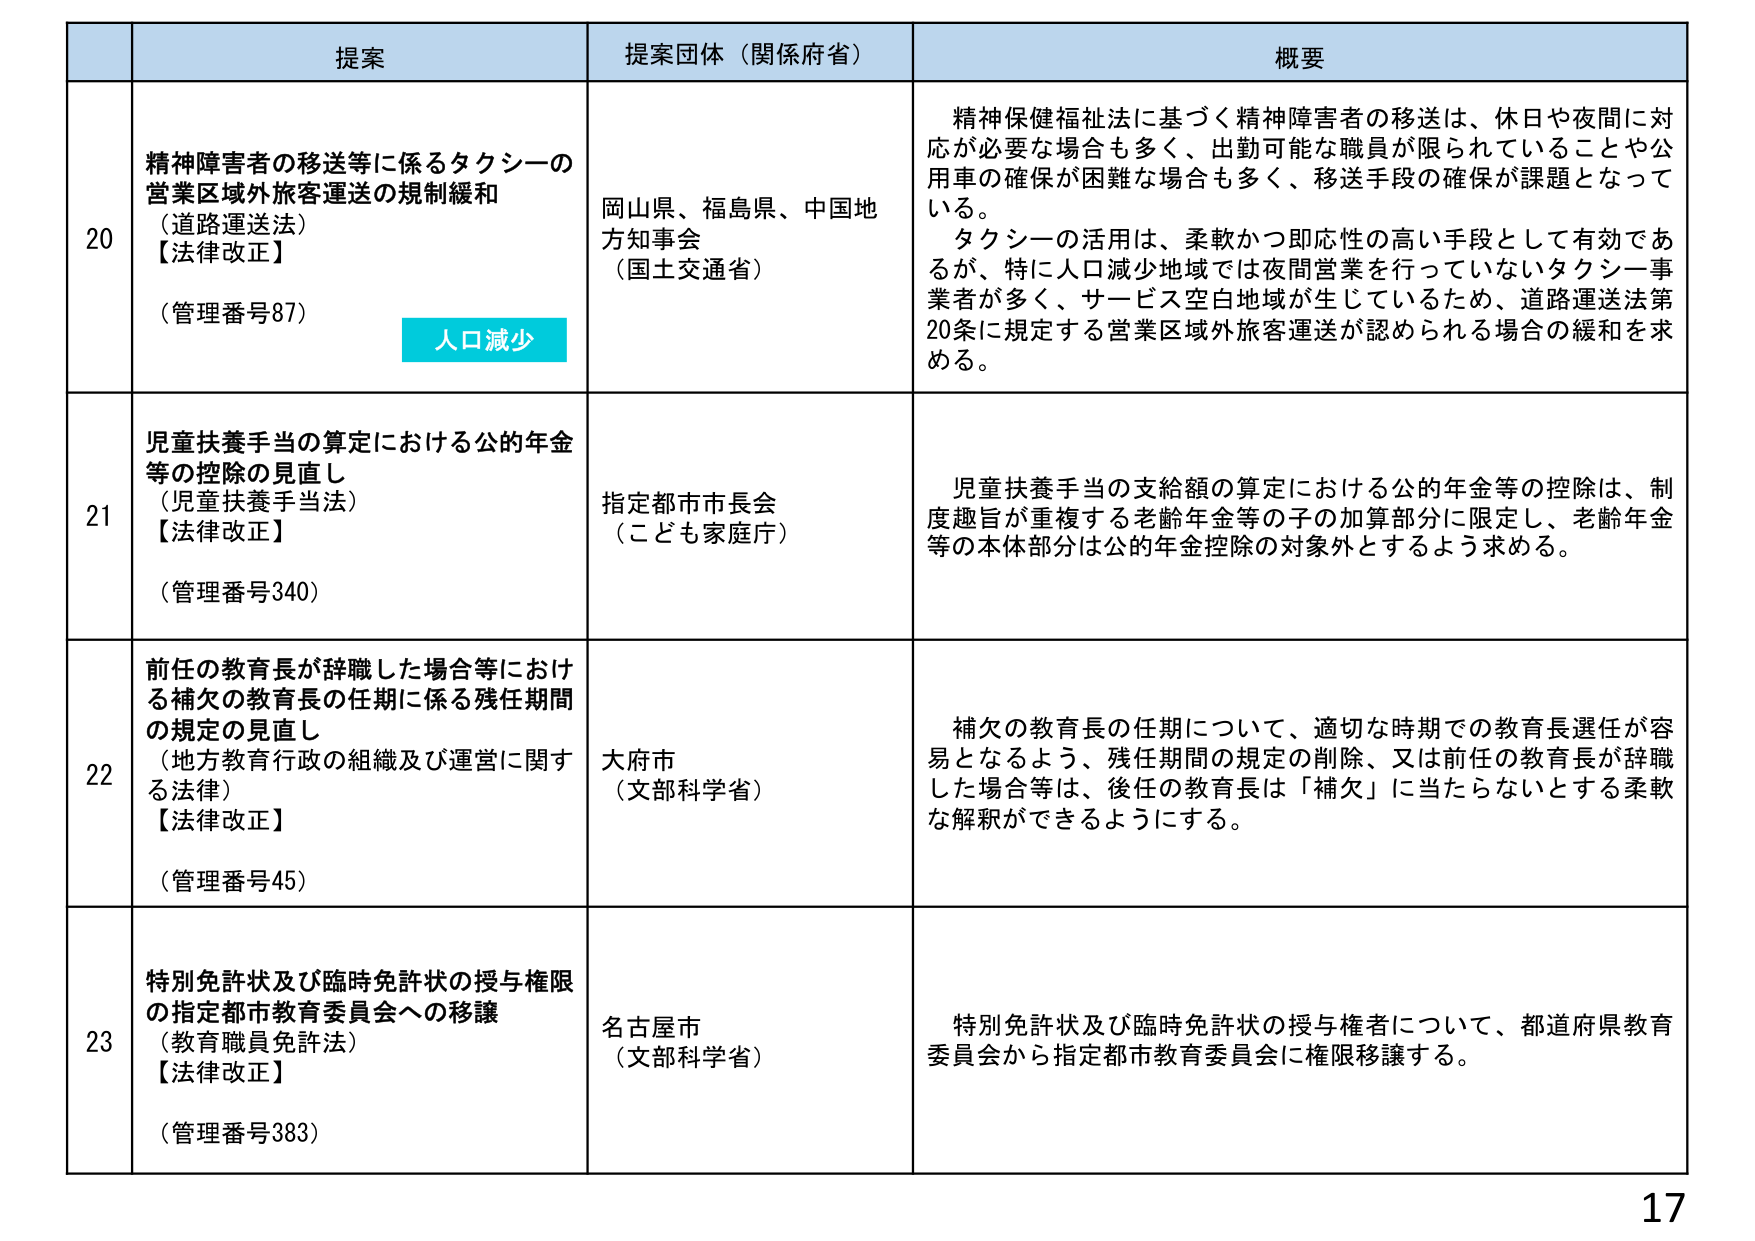
提案 提案団体（関係府省） 概要
20 精神障害者の移送等に係るタクシーの営業区域外旅客運送の規制緩和（道路運送法）【法律改正】（管理番号87） 人口減少 岡山県、福島県、中国地方知事会（国土交通省） 精神保健福祉法に基づく精神障害者の移送は、休日や夜間に対応が必要な場合も多く、出勤可能な職員が限られていることや公用車の確保が困難な場合も多く、移送手段の確保が課題となっている。タクシーの活用は、柔軟かつ即応性の高い手段として有効であるが、特に人口減少地域では夜間営業を行っていないタクシー事業者が多く、サービス空白地域が生じているため、道路運送法第20条に規定する営業区域外旅客運送が認められる場合の緩和を求める。
21 児童扶養手当の算定における公的年金等の控除の見直し（児童扶養手当法）【法律改正】（管理番号340） 指定都市市長会（こども家庭庁） 児童扶養手当の支給額の算定における公的年金等の控除は、制度趣旨が重複する老齢年金等の子の加算部分に限定し、老齢年金等の本体部分は公的年金控除の対象外とするよう求める。
22 前任の教育長が辞職した場合等における補欠の教育長の任期に係る残任期間の規定の見直し（地方教育行政の組織及び運営に関する法律）【法律改正】（管理番号45） 大府市（文部科学省） 補欠の教育長の任期について、適切な時期での教育長選任が容易となるよう、残任期間の規定の削除、又は前任の教育長が辞職した場合等は、後任の教育長は「補欠」に当たらないとする柔軟な解釈ができるようにする。
23 特別免許状及び臨時免許状の授与権限の指定都市教育委員会への移譲（教育職員免許法）【法律改正】（管理番号383） 名古屋市（文部科学省） 特別免許状及び臨時免許状の授与権者について、都道府県教育委員会から指定都市教育委員会に権限移譲する。
17